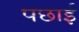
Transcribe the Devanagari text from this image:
पछाई